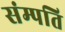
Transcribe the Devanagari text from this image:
संम्पति